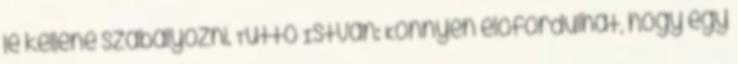
le kellene szabályozni. Tüttő István: Könnyen előfordulhat, hogy egy